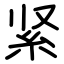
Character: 紧